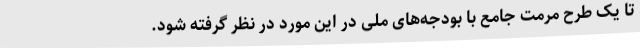
تا یک طرح مرمت جامع با بودجه‌های ملی در این مورد در نظر گرفته شود.